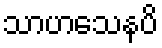
သာဟသေနပိ